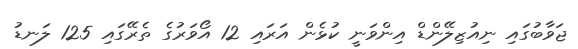
ޖަވާބުގައި ނިއުޒިލޭންޑް އިންވަނީ ކުޅެން އަރައި 12 އޯވަރުގެ ތެރޭގައި 125 ލަނޑު